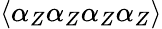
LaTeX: \langle\alpha_{Z}\alpha_{Z}\alpha_{Z}\alpha_{Z}\rangle